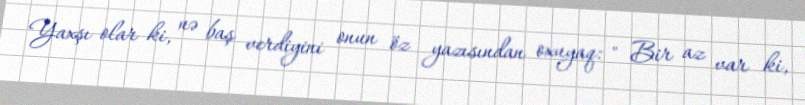
Yaxşı olar ki, nə baş verdiyini onun öz yazısından oxuyaq: " Bir az var ki,